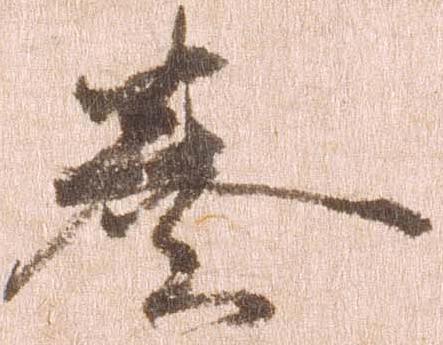
奏